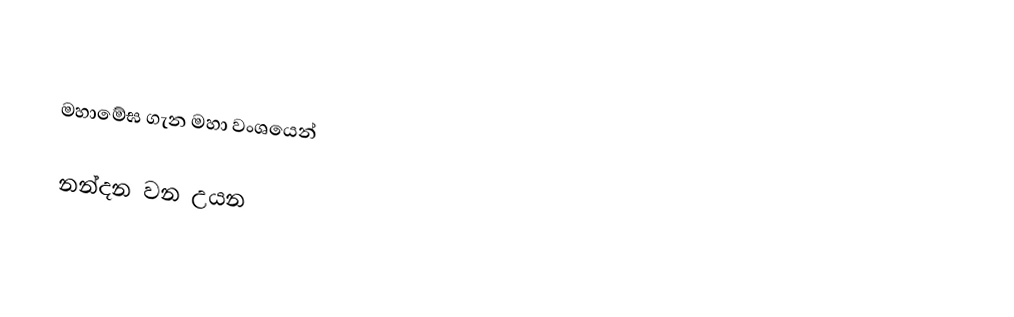

මහාමේඝ ගැන මහා වංශයෙන් ‌

නන්දන වන උයන